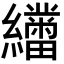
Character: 𬘑